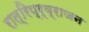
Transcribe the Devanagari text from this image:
रात्रिप्र्व्राजन